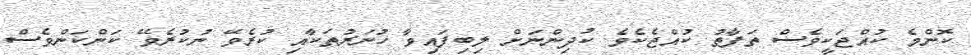
ކޮންމެ ކުއްޖަކީވެސް ތަފާތު ކުއްޖެކެވެ. ކުދިންނަށް ލިބިފައިވާ ހުނަރުތަކާއި ކުރެވޭ ނުކުރެވޭ ކަންކަންވެސް